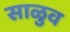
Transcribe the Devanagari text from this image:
साळुव